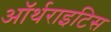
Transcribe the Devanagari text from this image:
ऑर्थराइटिस